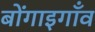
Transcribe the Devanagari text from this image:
बोंगाइगाँव